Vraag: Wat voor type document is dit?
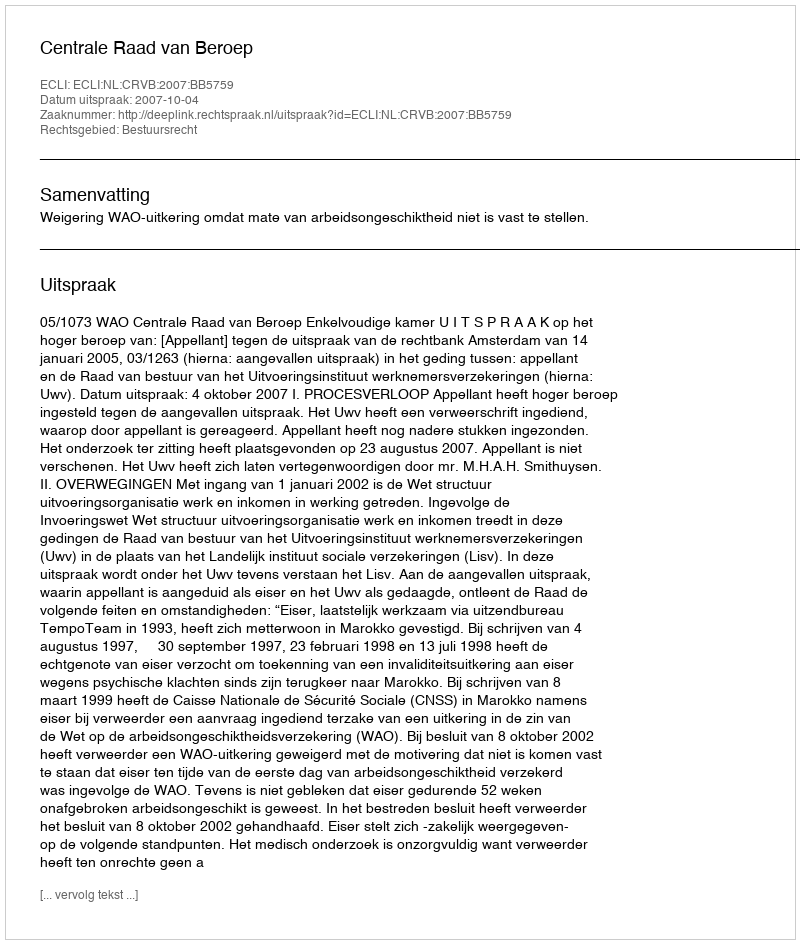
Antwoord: Uitspraak